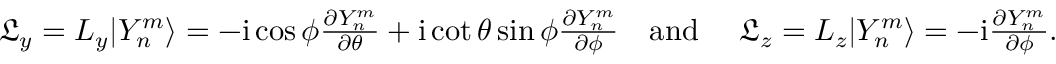
\begin{array} { r } { \mathfrak { L } _ { y } = L _ { y } | Y _ { n } ^ { m } \rangle = - \mathrm { i } \cos \phi \frac { \partial Y _ { n } ^ { m } } { \partial \theta } + \mathrm { i } \cot \theta \sin \phi \frac { \partial Y _ { n } ^ { m } } { \partial \phi } \quad \mathrm { a n d \ } \quad \mathfrak { L } _ { z } = L _ { z } | Y _ { n } ^ { m } \rangle = - \mathrm { i } \frac { \partial Y _ { n } ^ { m } } { \partial \phi } . } \end{array}